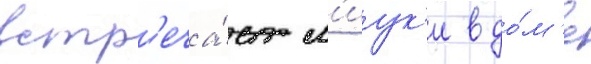
встр'еча́ет м'иук'и в до́м'е